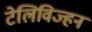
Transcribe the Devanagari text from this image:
टेलिविज्हन